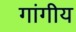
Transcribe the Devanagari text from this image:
गांगीय